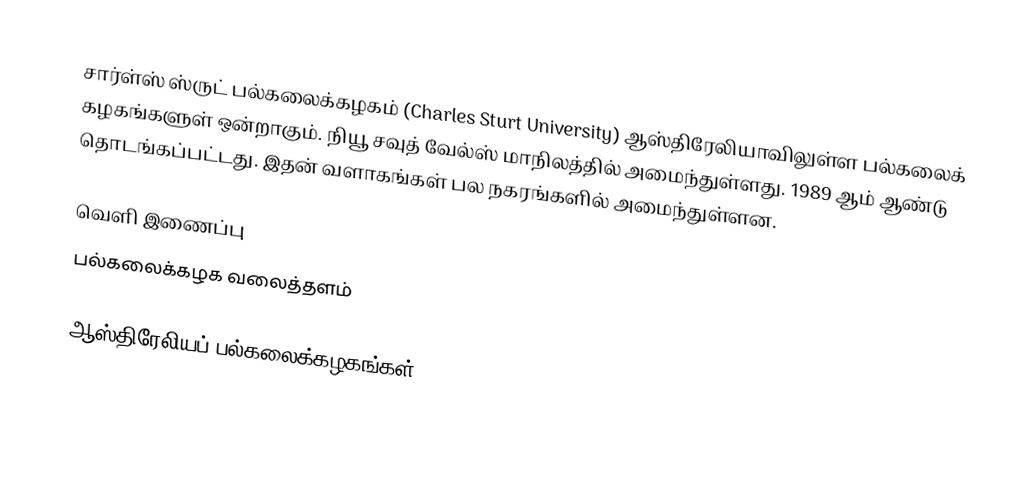
சார்ள்ஸ் ஸ்ருட் பல்கலைக்கழகம் (Charles Sturt University) ஆஸ்திரேலியாவிலுள்ள பல்கலைக் கழகங்களுள் ஒன்றாகும். நியூ சவுத் வேல்ஸ் மாநிலத்தில் அமைந்துள்ளது. 1989 ஆம் ஆண்டு தொடங்கப்பட்டது. இதன் வளாகங்கள் பல நகரங்களில் அமைந்துள்ளன.

வெளி இணைப்பு
 பல்கலைக்கழக வலைத்தளம்

ஆஸ்திரேலியப் பல்கலைக்கழகங்கள்